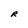
Character: R